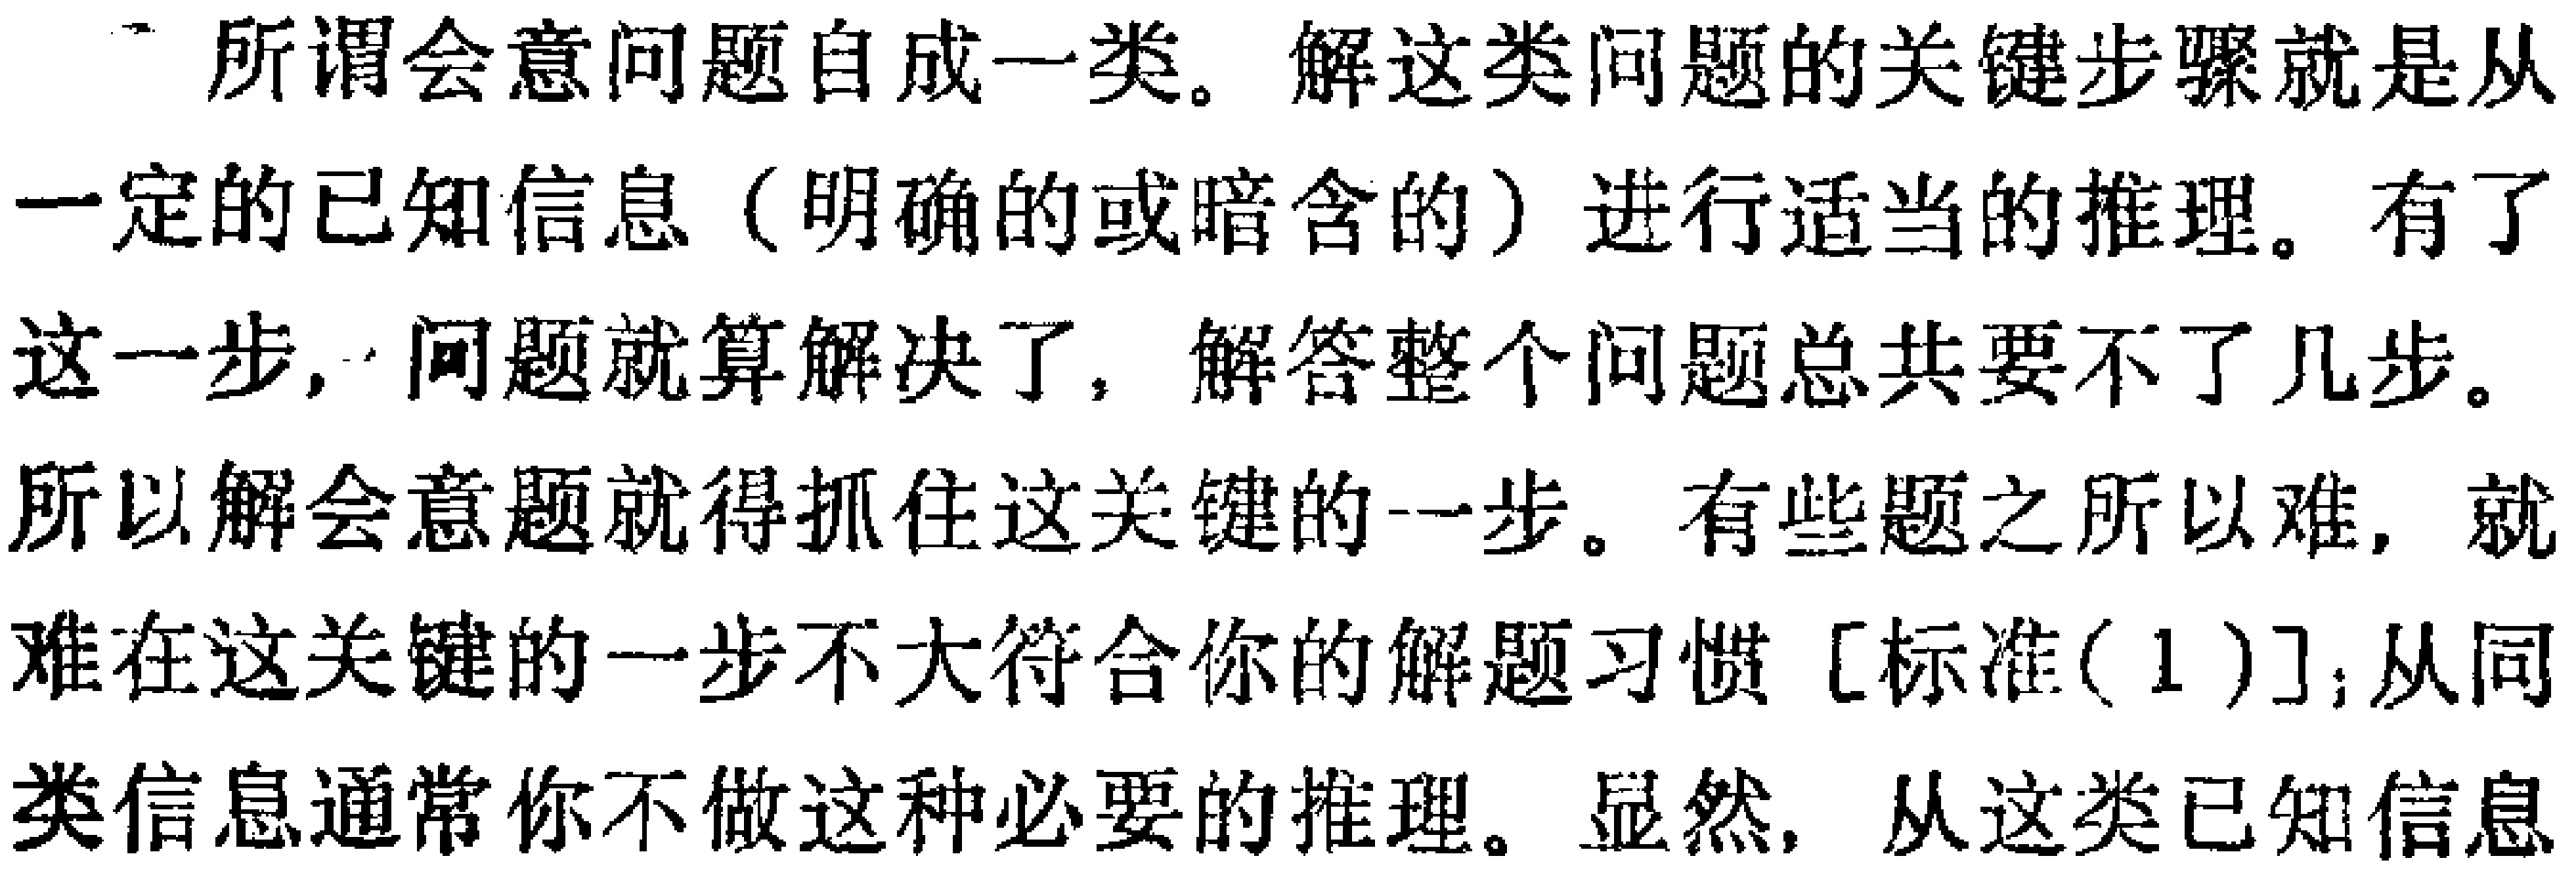
所谓会意问题自成一类。解这类问题的关键步骤就是从一定的已知信息（明确的或暗含的）进行适当的推理。有了这一步，问题就算解决了，解答整个问题总共要不了几步。所以解会意题就得抓住这关键的一步。有些题之所以难，就难在这关键的一步不大符合你的解题习惯 [标准(1)];从同类信息通常你不做这种必要的推理。显然，从这类已知信息